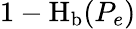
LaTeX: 1-\operatorname{H}_{\mathrm{b}}(P_{e})